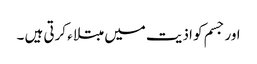
اور جسم کو اذیت میں مبتلاء کرتی ہیں ۔